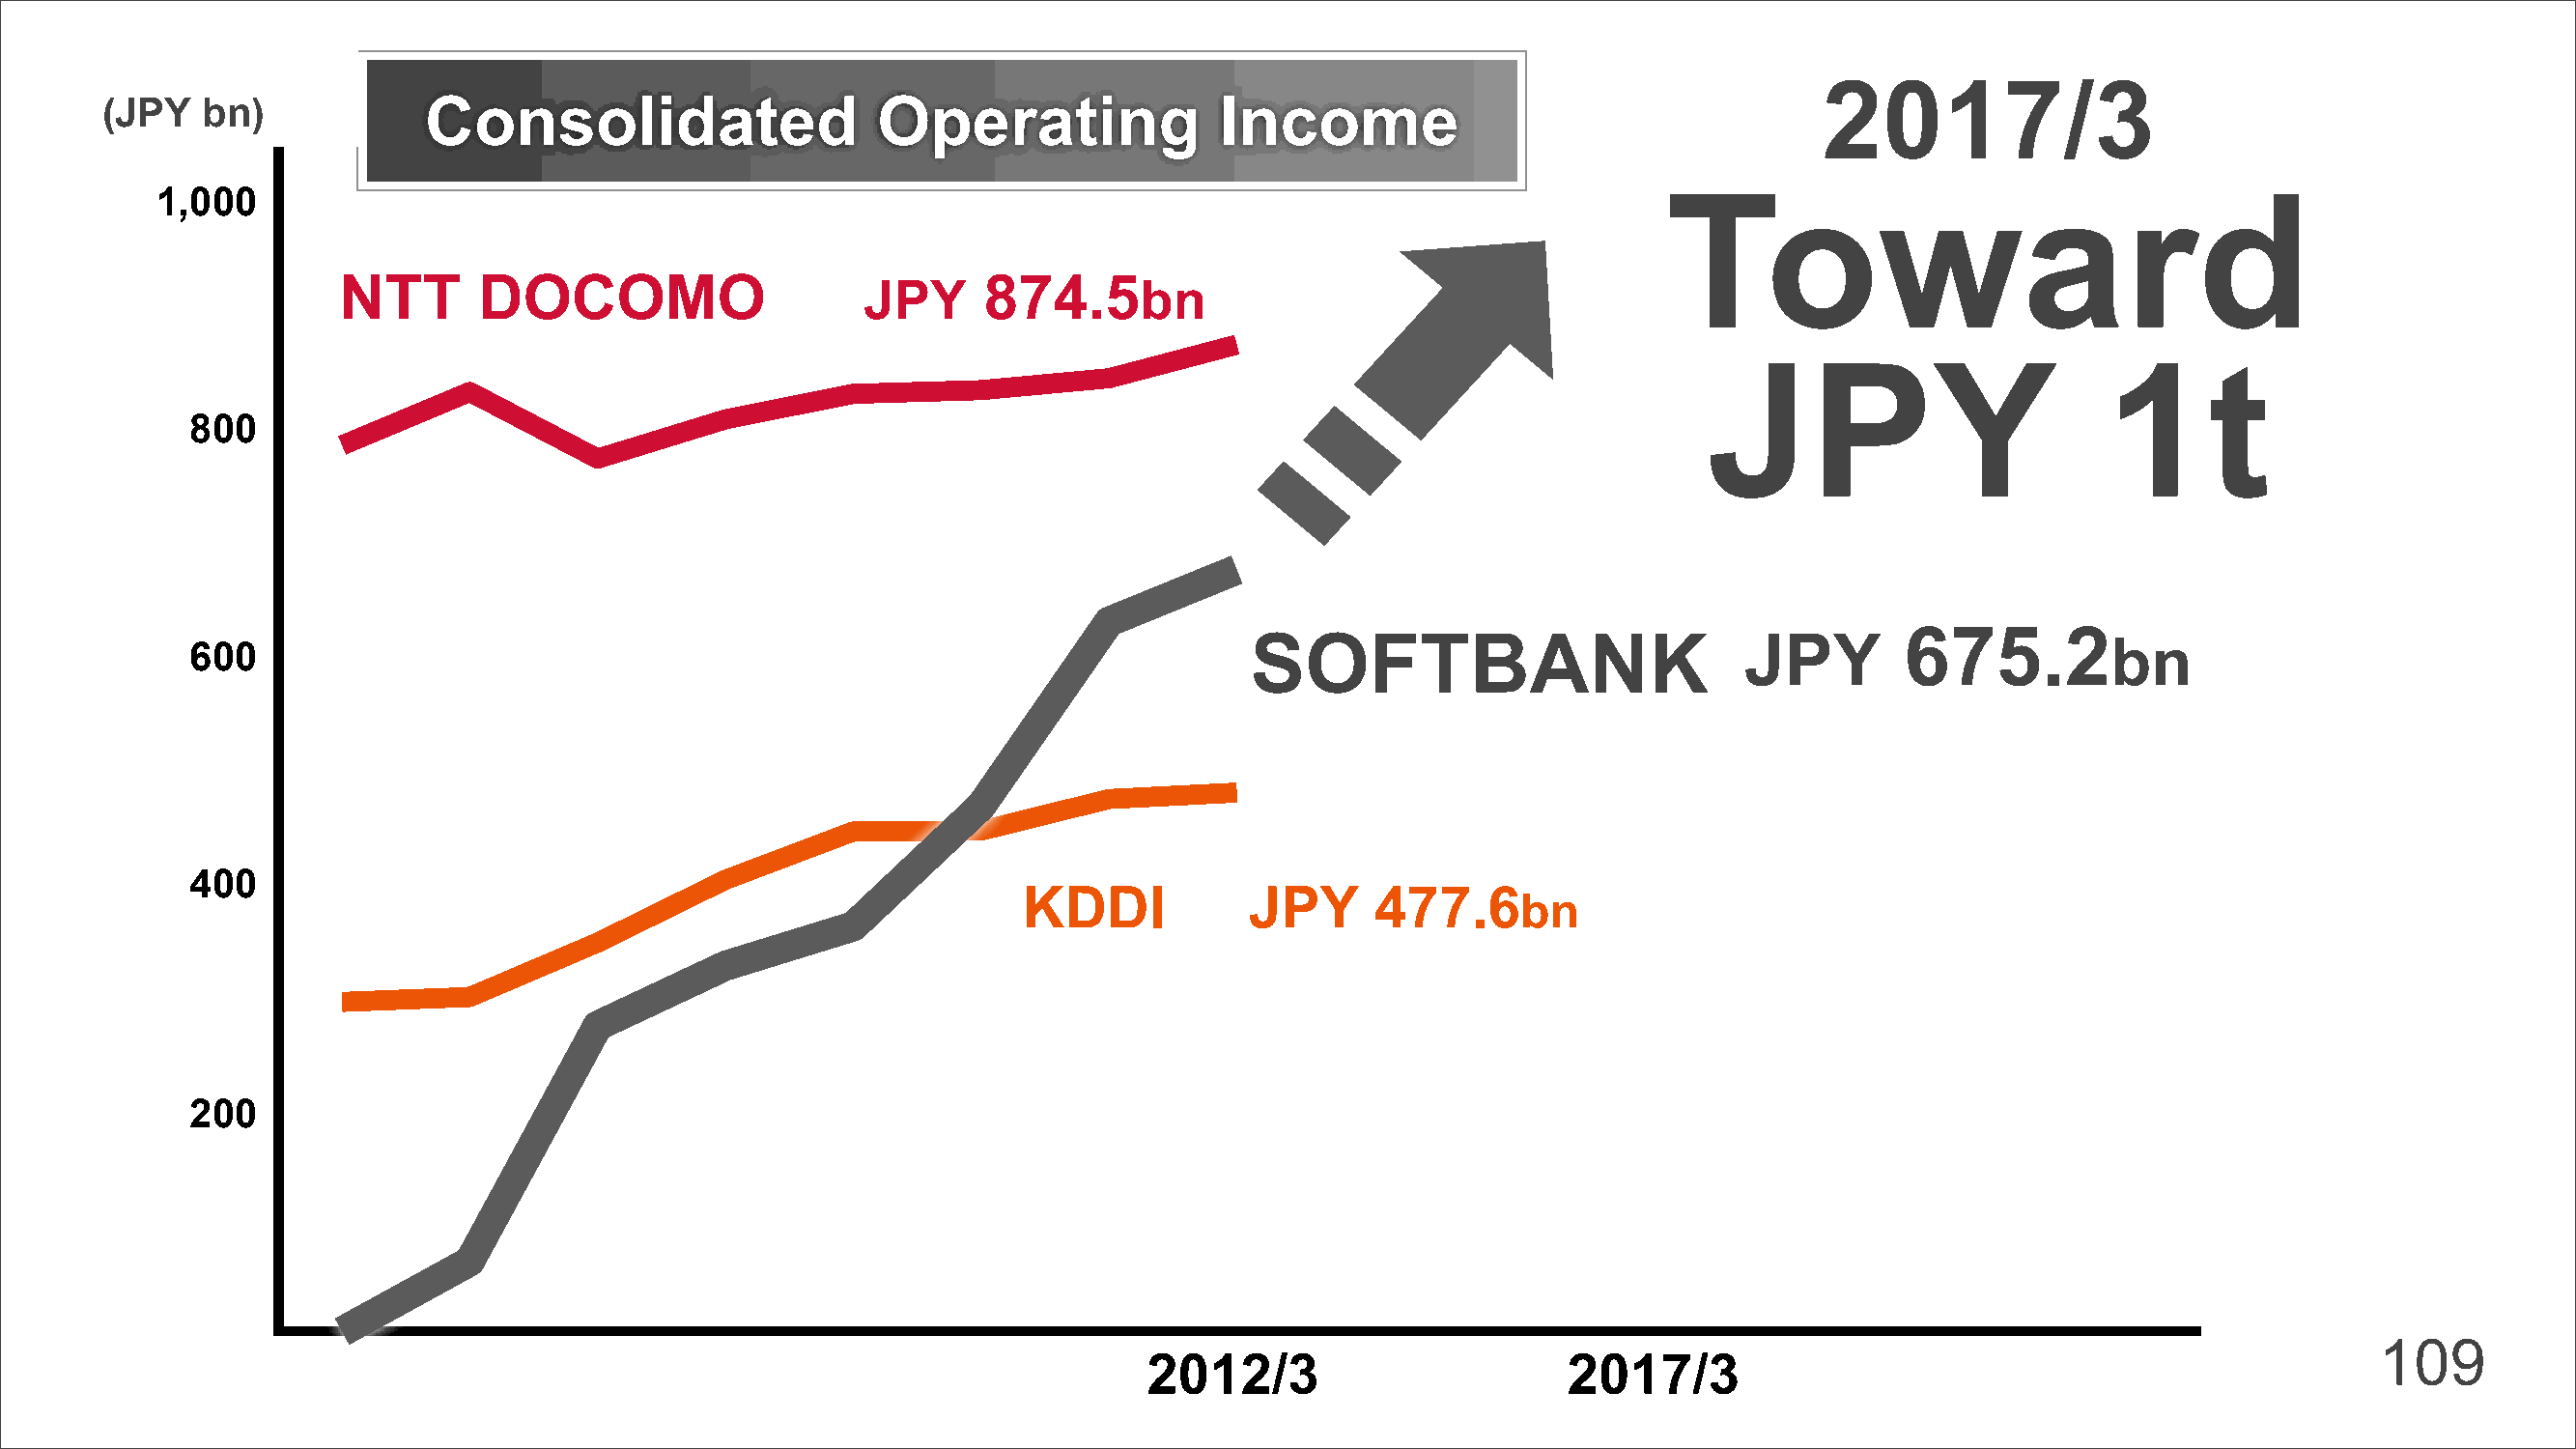
2017/3
 (JPY   bn)            Consolidated                   Operating               Income
 1,000                                                                                                  Toward
 NTT       DOCOMO                            874.5
 JPY                bn
 JPY                        1t
 800
 675.2
 600                                                                      SOFTBANK                          JPY                      bn
 400
 KDDI            JPY     477.6
 bn
 200
 109
 2012/3                      2017/3